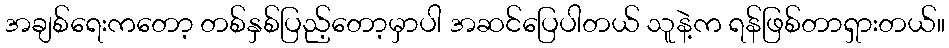
အချစ်ရေးကတော့ တစ်နှစ်ပြည့်တော့မှာပါ အဆင်ပြေပါတယ် သူနဲ့က ရန်ဖြစ်တာရှားတယ်။